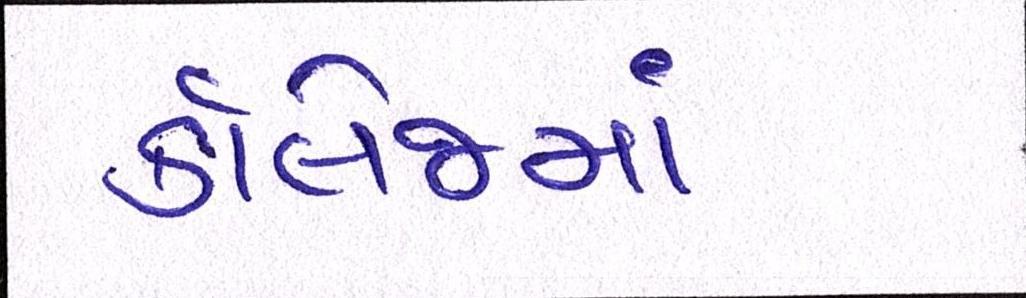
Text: કૉલેજમાં